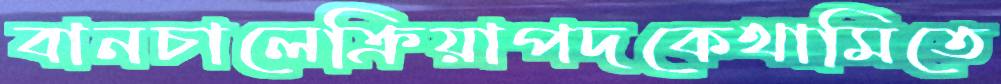
বানচালেক্রিয়াপদকেথামিতে